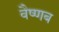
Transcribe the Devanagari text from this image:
वैष्णब